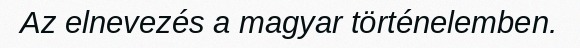
Az elnevezés a magyar történelemben.